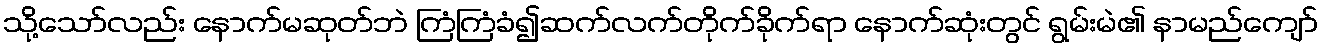
သို့သော်လည်း နောက်မဆုတ်ဘဲ ကြံကြံခံ၍ဆက်လက်တိုက်ခိုက်ရာ နောက်ဆုံးတွင် ရွမ်းမဲ၏ နာမည်ကျော်